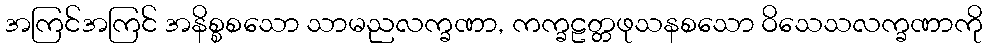
အကြင်အကြင် အနိစ္စစသော သာမညလက္ခဏာ, ကက္ခဠတ္တဖုသနစသော ဝိသေသလက္ခဏာကို